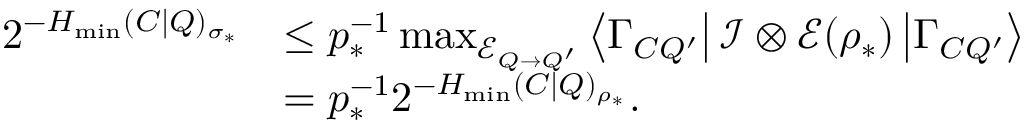
\begin{array} { r l } { 2 ^ { - H _ { \mathrm { m i n } } ( C | Q ) _ { \sigma _ { \ast } } } } & { \leq p _ { \ast } ^ { - 1 } \operatorname* { m a x } _ { \mathcal { E } _ { Q \rightarrow Q ^ { \prime } } } \left\langle \Gamma _ { C Q ^ { \prime } } \right\vert \mathcal { I } \otimes \mathcal { E } ( \rho _ { \ast } ) \left\vert \Gamma _ { C Q ^ { \prime } } \right\rangle } \\ & { = p _ { \ast } ^ { - 1 } 2 ^ { - H _ { \mathrm { m i n } } ( C | Q ) _ { \rho _ { \ast } } } . } \end{array}